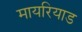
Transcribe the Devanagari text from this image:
मायरियाड